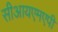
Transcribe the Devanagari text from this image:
सीआयएमएपी